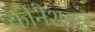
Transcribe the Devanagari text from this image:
कोनैशनल